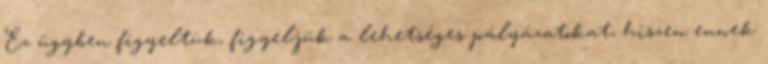
Ez ügyben figyeltük, figyeljük a lehetséges pályázatokat, hiszen ennek